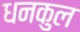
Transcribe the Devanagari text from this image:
धनकुल